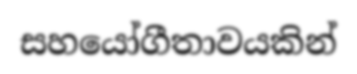
සහයෝගීතාවයකින්